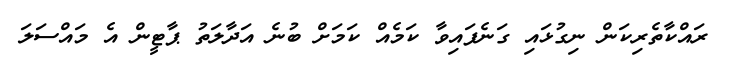
ރައްކާތެރިކަން ނިގުޅައި ގަނެފައިވާ ކަމެއް ކަމަށް ބުނެ އަދާލަތު ޕާޓީން އެ މައްސަލަ